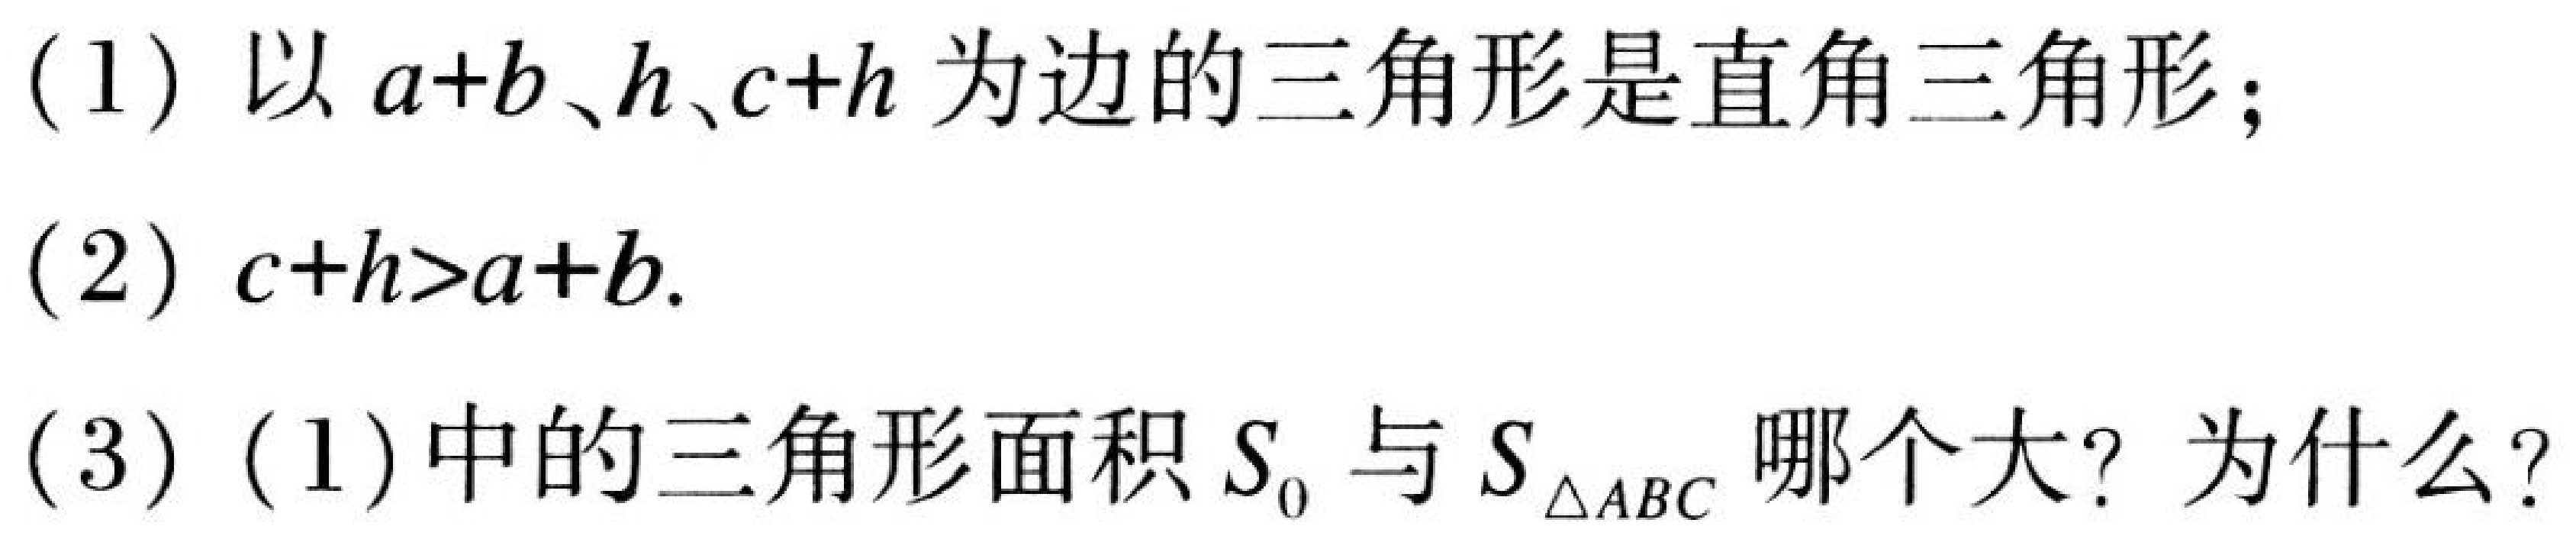
(1) 以\(a + b\)、\(h\)、\(c + h\)为边的三角形是直角三角形；
(2) \(c + h>a + b\).
(3) (1) 中的三角形面积\(S_{0}\)与\(S_{\triangle ABC}\)哪个大？为什么？